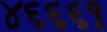
૪૬૬૬૧